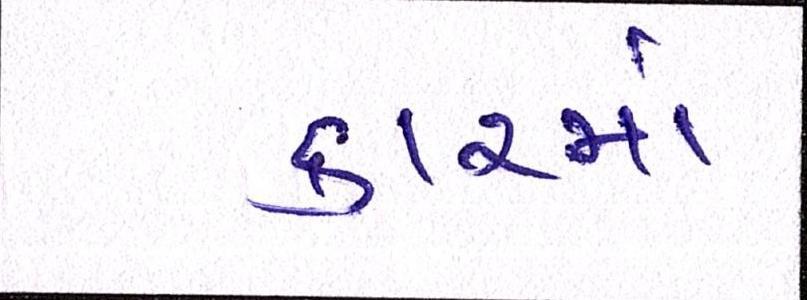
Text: કારમાં